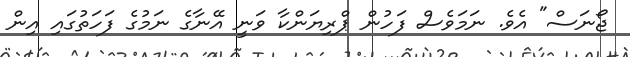
ޖޯނަސް" އެވެ. ނަމަވެސް ފަހުން ޕްރިޔަންކާ ވަނީ އޭނާގެ ނަމުގެ ފަހަތުގައި އިން